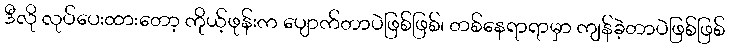
ဒီလို လုပ်ပေးထားတော့ ကိုယ့်ဖုန်းက ပျောက်တာပဲဖြစ်ဖြစ်၊ တစ်နေရာရာမှာ ကျန်ခဲ့တာပဲဖြစ်ဖြစ်